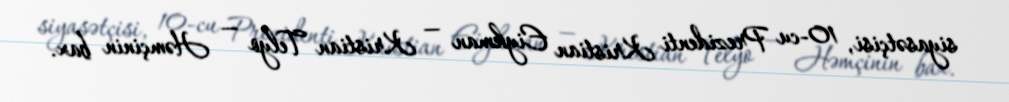
siyasətçisi, 10-cu Prezidenti Kristian Eiykman — Kristian Telyo — Həmçinin bax.